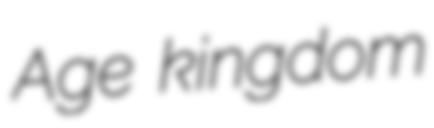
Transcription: Age kingdom